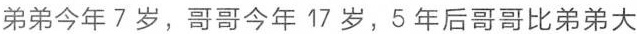
弟弟今年7岁，哥哥今年17岁，5年后哥哥比弟弟大